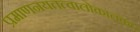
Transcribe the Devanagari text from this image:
प्रमाणनयतत्वालोकालंकार